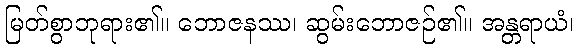
မြတ်စွာဘုရား၏။ ဘောဇနဿ၊ ဆွမ်းဘောဇဉ်၏။ အန္တရာယံ၊